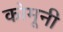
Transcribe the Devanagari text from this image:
कोमूनी